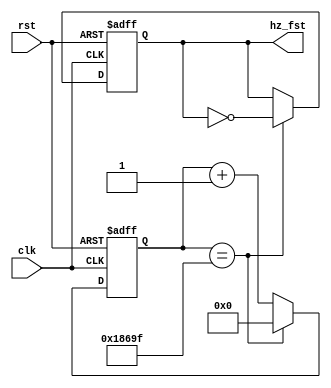
`timescale 1ns / 1ps
//////////////////////////////////////////////////////////////////////////////////
// Company: 
// Engineer: 
// 
// Design Name: 
// Module Name:    clk_div 
// Project Name: 
// Target Devices: 
// Tool versions: 
// Description: 
//
// Dependencies: 
//
// Revision: 
// Revision 0.01 - File Created
// Additional Comments: 
//
//////////////////////////////////////////////////////////////////////////////////

module clk_div(clk, rst, hz_fst);
	input clk, rst;
	output reg hz_fst;
	
	reg [31:0] count_fst;
	
	// equation: 100000000 / (2 * #Hz) - 1
	// 500 Hz clock (fast)
	always @(posedge clk or posedge rst) begin
		if(rst) begin
			count_fst <= 32'b0;
			hz_fst <= 0;
		end
		else if (count_fst == 99999) begin 
			count_fst <= 32'b0;
			hz_fst <= ~hz_fst;
		end
		else
			count_fst <= count_fst + 32'b1;
	end

endmodule